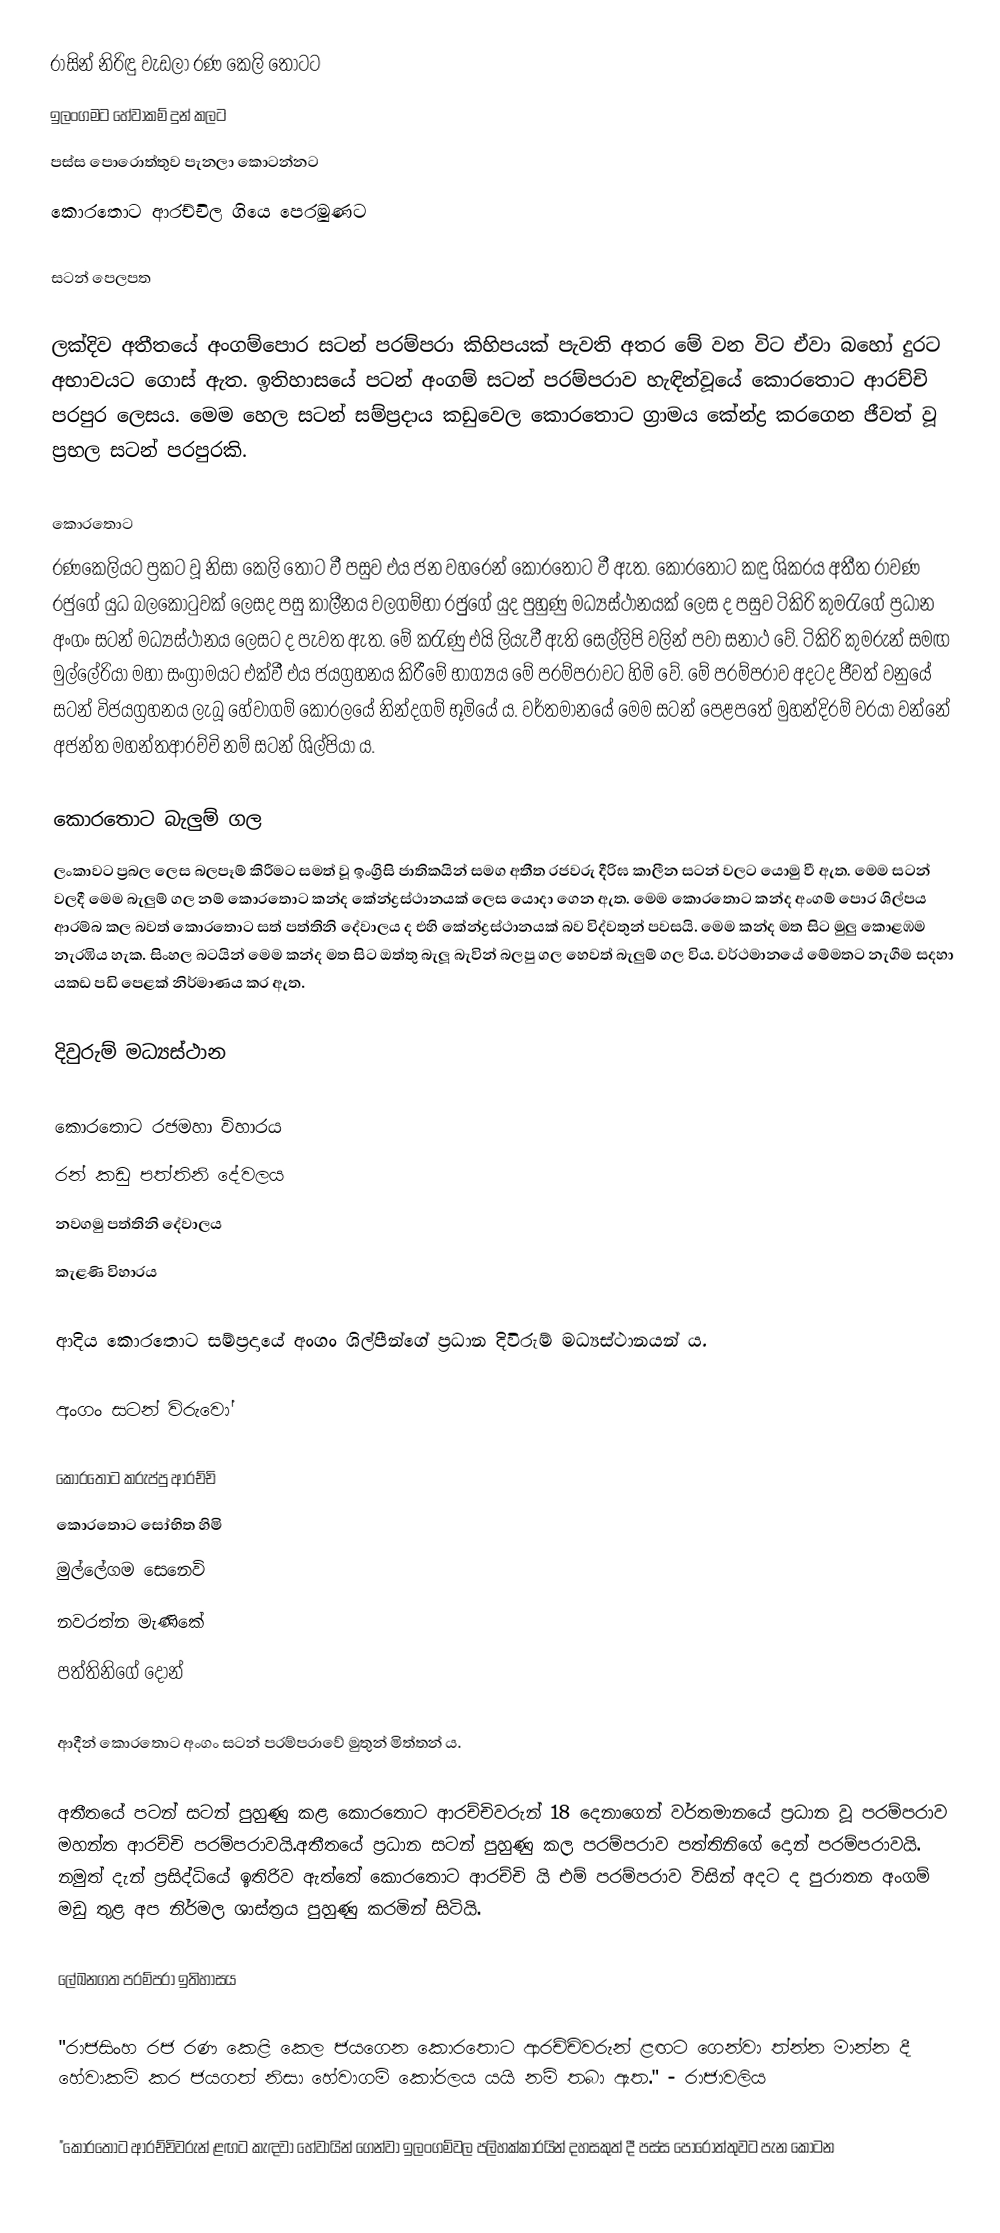
රාසින් නිරිඳු වැඩලා රණ කෙලි තොටට
ඉලංගමට හේවාකම් දුන් කලට
පස්ස පොරොත්තුව පැනලා කොටන්නට
කොරතොට ආරච්චිල ගියෙ පෙරමුණට

සටන් පෙලපත

ලක්දිව අතීතයේ අංගම්පොර සටන් පරම්පරා කිහිපයක් පැවති අතර මේ වන විට ඒවා බහෝ දුරට අභාවයට ගොස් ඇත. ඉතිහා‍සයේ පටන් අංගම්  සටන් පරම්පරාව හැඳින්වූයේ කොරතොට ආරච්චි පරපුර ලෙසය. මෙම හෙල සටන් සම්ප්‍රදාය කඩුවෙල කොරතොට ග්‍රාමය කේන්ද්‍ර කරගෙන ජීවත් වූ ප්‍රභල සටන් පරපුරකි.

කොරතොට
රණකෙලියට ප්‍රකට වූ නිසා කෙලි තොට වී පසුව එය ජන වහරෙන් කොරතොට වී ඇත. කොරතොට කඳු ශිකරය අතීත රාවණ රජුගේ යුධ බලකොටුවක් ලෙසද පසු කාලීනය වලගම්භා රජුුගේ යුද පුහුණු මධ්‍යස්ථානයක් ලෙස ද පසුව ටිකිරි කුමරැගේ ප්‍රධාන අංගං සටන් මධ්‍යස්ථානය ලෙසට ද පැවත ඇත. මේ කරැණු එයි ලියැවී ඇති සෙල්ලිපි වලින් පවා සනාථ වේ. ටිකිරි කුමරුන් සමඟ මුල්ලේරියා මහා සංග්‍රාමයට එක්වී එය ජයග්‍රහනය කිරීමේ භා්‍ග්‍යය මේ  පරම්පරාවට හිමි වේ. මේ  පරම්පරාව අදටද ජීවත් වනුයේ සටන් විජයග්‍රහනය ලැබූ හේවාගම් කෝරලයේ නින්දගම් භූමියේ ය.  වර්තමානයේ මෙම සටන් පෙළපතේ මුහන්දිරම් වරයා වන්නේ අජන්ත මහන්තආරච්චි  නම් සටන් ශිල්පියා ය.

කොරතොට බැලුම් ගල
ලංකාවට ප්‍රබල ලෙස බලපෑම් කිරීමට සමත් වූ ඉංග්‍රිසි ජාතිකයින් සමග අතීත රජවරු දීරිඝ කාලීන සටන් වලට යොමු වී ඇත. මෙම සටන් වලදී මෙම බැලුම් ගල නම් කොරතොට කන්ද කේන්ද්‍රස්ථානයක් ලෙස යොදා ගෙන ඇත. මෙම කොරතොට කන්ද අංගම් පොර ශිල්පය ආරම්බ කල බවත් කොරතොට සත් පත්තිනි දේවාලය ද එහි කේන්ද්‍රස්ථානයක් බව විද්වතුන් පවසයි. මෙම කන්ද මත සිට මුලු කොළඹම නැරඹිය හැක. සිංහල බටයින් මෙම කන්ද මත සිට ඔත්තු බැලූ බැවින් බලපු ගල හෙවත් බැලුම් ගල විය. වර්ථමානයේ මේමතට නැගීම සදහා යකඩ පඩි පෙළක් නිර්මාණය කර ඇත.

දිවුරුම් මධ්‍යස්ථාන

 කොරතොට රජමහා විහාරය
 රන් කඩු පත්තිනි දේවලය
 නවගමු පත්තිනි දේවාලය
 කැළණි විහාරය

ආදිය කොරතොට සම්ප්‍රදායේ අංගං  ශිල්පීන්ගේ ප්‍රධාන දිවිරුම් මධ්‍යස්ථානයන් ය.

අංගං සටන්  විරුවෝ

 කොරතොට කරුප්පු ආරච්චි
 කොරතොට සෝභිත හිමි
 මුල්ලේගම සෙනෙවි
 නවරත්න මැණිකේ
 පත්තිනිගේ දොන්

ආදීන් කොරතොට අංගං  සටන් පරම්පරාවේ මුතුන් මිත්තන් ය.

අතීතයේ පටන් සටන් පුහුණු කළ කොරතොට ආරච්චිවරුන් 18 දෙනාගෙන් වර්තමානයේ ප්‍රධාන වූ පරම්පරාව මහන්ත ආරච්චි පරම්පරාවයි.අතීතයේ ප්‍රධාන සටන් පුහුණු කල පරම්පරාව පත්තිනිගේ දොන් පරම්පරාවයි. නමුත් දැන් ප්‍රසිද්ධියේ  ඉතිරිව ඇත්තේ කොරතොට ආරච්චි යි එම් පරම්පරාව විසින් අදට ද පුරාතන අංගම් මඩු තුළ අප නිර්මල ශාස්ත්‍රය පුහුණු කරමින් සිටියි.

ලේඛනගත පරම්පරා ඉතිහාසය

"රාජසිංහ රජ රණ කෙළි කෙල ජයගෙන කොරතොට ආරච්චිවරුන් ළඟට ගෙන්වා ත්න්න මාන්න දී හේවාකම් කර ජයගත් නිසා හේවාගම් කෝරලය යයි නම් තබා ඇත." - රාජාවලිය

"කොරතොට ආරච්චිවරුන් ළඟට කැඳවා හේවායින් ගෙන්වා ඉලංගම්වල පලිහක්කාරයින් දහසකුත් දී පස්ස පොරොත්තුවට පැන කොටන